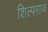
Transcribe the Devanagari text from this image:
शिल्पराज